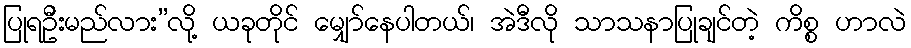
ပြုရဦးမည်လား”လို့ ယခုတိုင် မျှော်နေပါတယ်၊ အဲဒီလို သာသနာပြုချင်တဲ့ ကိစ္စ ဟာလဲ